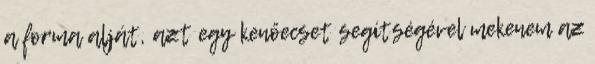
a forma alját, azt egy kenőecset segítségével mekenem az